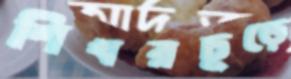
শিখরচূড়ে